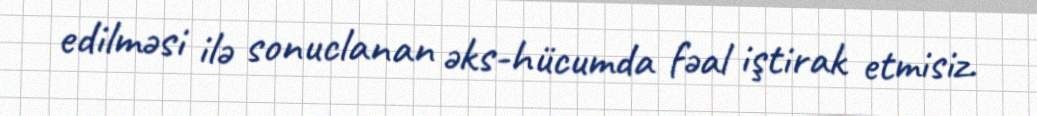
edilməsi ilə sonuclanan əks-hücumda fəal iştirak etmisiz.